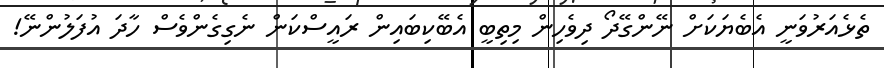
ތެޅެއަރުވަނީ އެބެޔަކަށް ނޭންގޭދޯ ދިވެހިން މިތިބީ އެބޭކިބައިން ރައީސްކަން ނެގިގެންވެސް ހާދަ އުފަލުންނޭ!